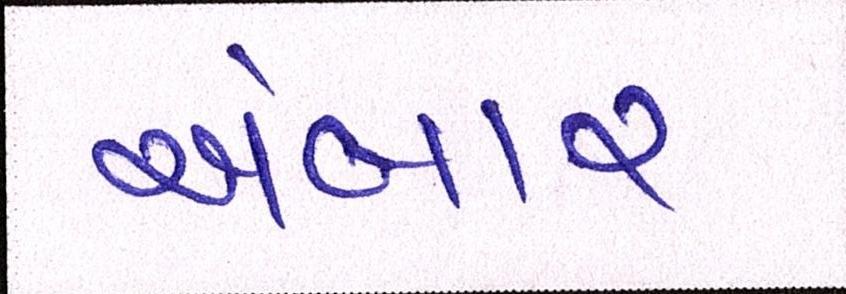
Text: અંબાર